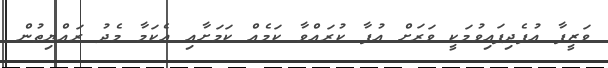
ވަޒީފާ އުފެދިފައިވުމަކީ ވަރަށް އުފާ ކުރައްވާ ކަމެއް ކަމަށާއި އެކަމާ މެދު ރައްޔިތުން